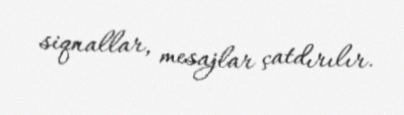
siqnallar, mesajlar çatdırılır.